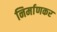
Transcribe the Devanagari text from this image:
निर्माणकर